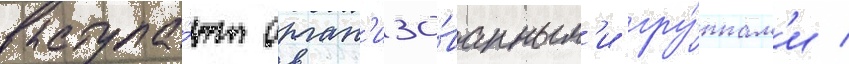
выступа́ют орган'изо́ванным'и гру́ппам'и /